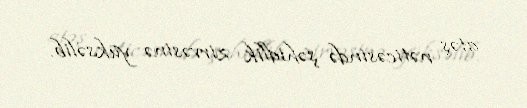
atəş nəticəsində şəhidlik zirvəsinə yüksəlib.